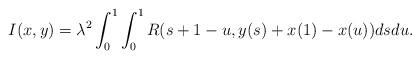
LaTeX: \begin{align*}I(x,y)=\lambda^2\int_0^1\int_0^1 R(s+1-u,y(s)+x(1)-x(u))dsdu.\end{align*}